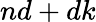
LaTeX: nd+dk